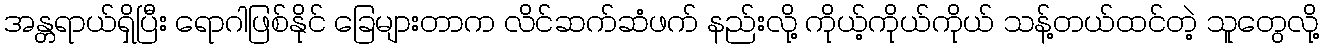
အန္တရာယ်ရှိပြီး ရောဂါဖြစ်နိုင် ခြေများတာက လိင်ဆက်ဆံဖက် နည်းလို့ ကိုယ့်ကိုယ်ကိုယ် သန့်တယ်ထင်တဲ့ သူတွေလို့